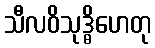
သီလဝိသုဒ္ဓိဟေတု